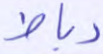
رباط